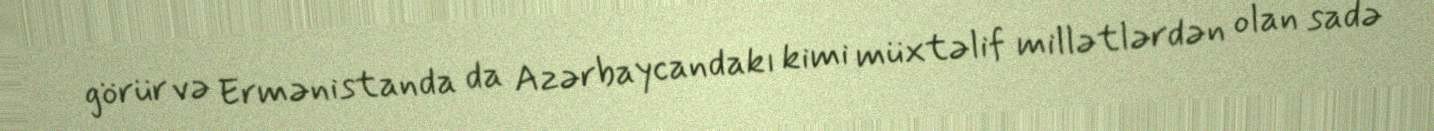
görür və Ermənistanda da Azərbaycandakı kimi müxtəlif millətlərdən olan sadə